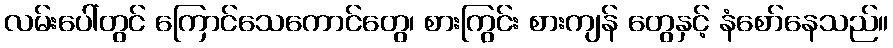
လမ်းပေါ်တွင် ကြောင်သေကောင်တွေ၊ စားကြွင်း စားကျန် တွေနှင့် နံစော်နေသည်။